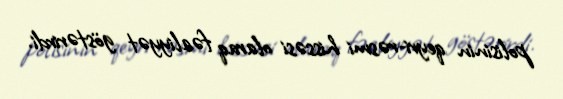
polisinin qeyri-rəsmi hissəsi olaraq fəaliyyət göstərirdi.